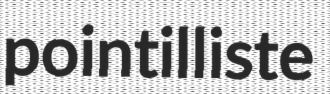
pointilliste